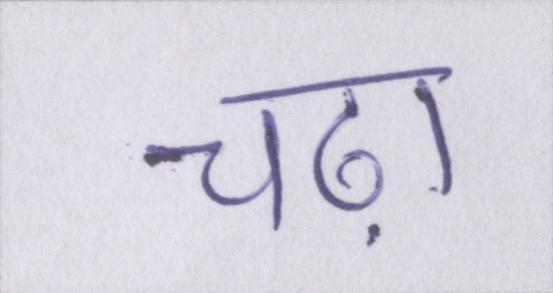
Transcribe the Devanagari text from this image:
चढ़ा